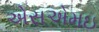
એસએમઇ